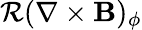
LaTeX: \mathcal{R}(\nabla\times\mathbf{B})_{\phi}